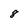
Character: 8